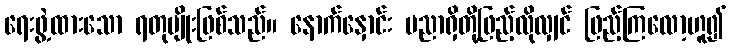
ရေးဖွဲ့ထားသော ရတုမျိုးဖြစ်သည်။ နောက်နှောင်း ပညာရှိတို့ဖြည့်လိုလျှင် ဖြည့်ကြလော့ဟူ၍